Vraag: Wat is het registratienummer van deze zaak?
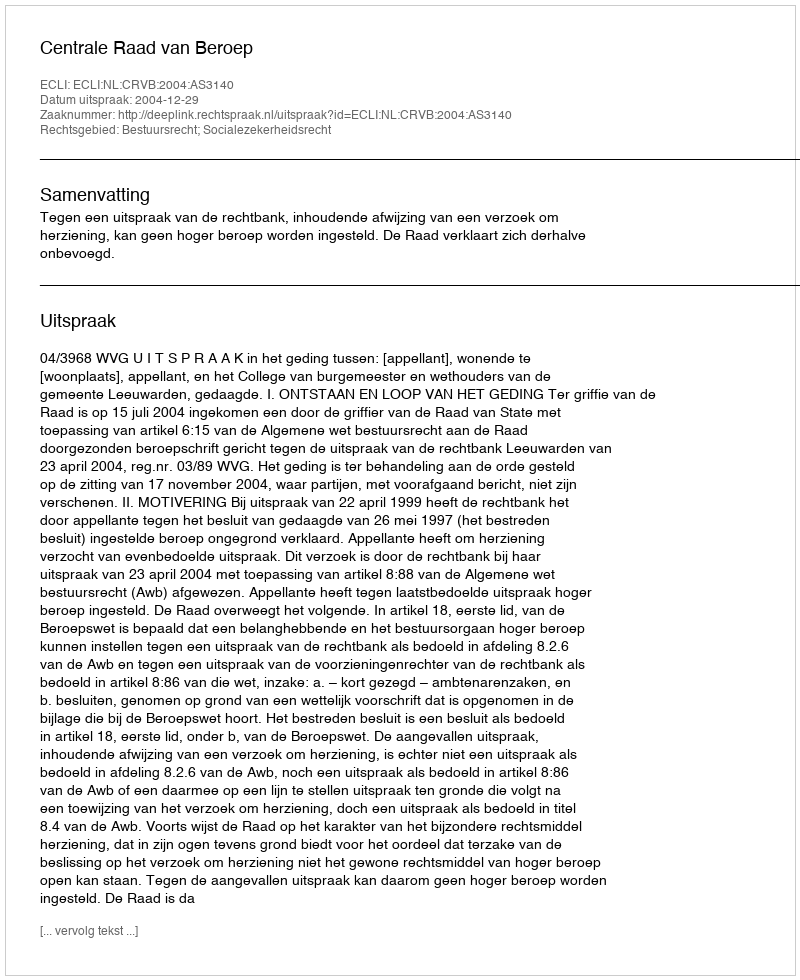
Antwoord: http://deeplink.rechtspraak.nl/uitspraak?id=ECLI:NL:CRVB:2004:AS3140